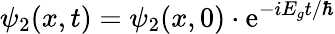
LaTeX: \psi_{2}(x,t)=\psi_{2}(x,0)\cdot\mathrm{e}^{-iE_{g}t/\hbar}